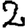
Digit: 2